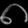
Digit: ၈